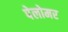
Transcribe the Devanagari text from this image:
पेलोमर